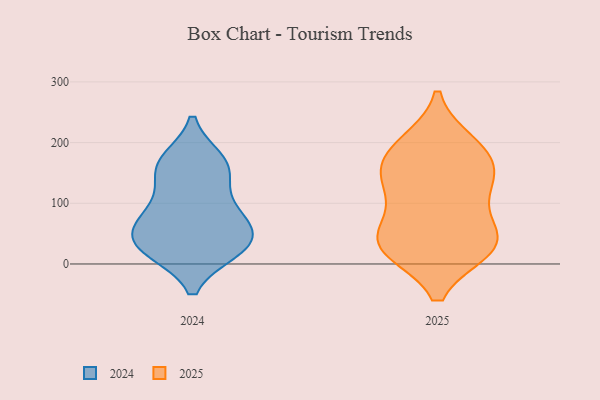
{"axis": {"x": "Energy Usage (MWh)", "y": "Value"}, "legend": ["2024", "2025"], "data": [{"x": "", "y": 29, "type": "2025"}, {"x": "", "y": 27, "type": "2025"}, {"x": "", "y": 198, "type": "2025"}, {"x": "", "y": 178, "type": "2025"}, {"x": "", "y": 61, "type": "2025"}, {"x": "", "y": 121, "type": "2025"}, {"x": "", "y": 159, "type": "2025"}, {"x": "", "y": 191, "type": "2025"}, {"x": "", "y": 26, "type": "2025"}, {"x": "", "y": 46, "type": "2025"}, {"x": "", "y": 29, "type": "2025"}, {"x": "", "y": 138, "type": "2025"}, {"x": "", "y": 125, "type": "2025"}, {"x": "", "y": 28, "type": "2024"}, {"x": "", "y": 23, "type": "2024"}, {"x": "", "y": 147, "type": "2024"}, {"x": "", "y": 69, "type": "2024"}, {"x": "", "y": 28, "type": "2024"}, {"x": "", "y": 156, "type": "2024"}, {"x": "", "y": 89, "type": "2024"}, {"x": "", "y": 56, "type": "2024"}, {"x": "", "y": 170, "type": "2024"}, {"x": "", "y": 168, "type": "2024"}, {"x": "", "y": 52, "type": "2024"}, {"x": "", "y": 93, "type": "2024"}, {"x": "", "y": 23, "type": "2024"}]}